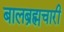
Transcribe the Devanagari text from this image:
बालब्रह्मचारी